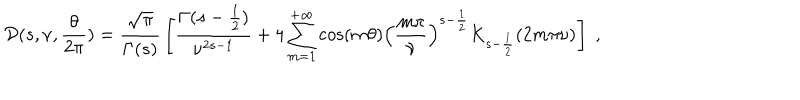
LaTeX: { \cal D } ( s , \nu , { \frac { \theta } { 2 \pi } } ) = { \frac { \sqrt { \pi } } { \Gamma ( s ) } } \left[ { \frac { \Gamma ( s - { \frac { 1 } { 2 } } ) } { \nu ^ { 2 s - 1 } } } + 4 \sum _ { m = 1 } ^ { + \infty } \cos ( m \theta ) \left( { \frac { m \pi } { \nu } } \right) ^ { s - { \frac { 1 } { 2 } } } K _ { s - { \frac { 1 } { 2 } } } ( 2 m \pi \nu ) \right] \; ,